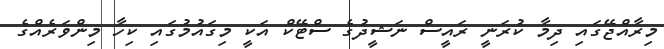
މިރާއްޖޭގައި ދިމާ ކުރަނީ ރައީސް ނަޝީދުގެ ސްޓޭކް އަކީ މިގައުމުގައި ކިހާ މިންވަރެއްގެ